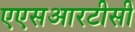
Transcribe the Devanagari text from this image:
एएसआरटीसी